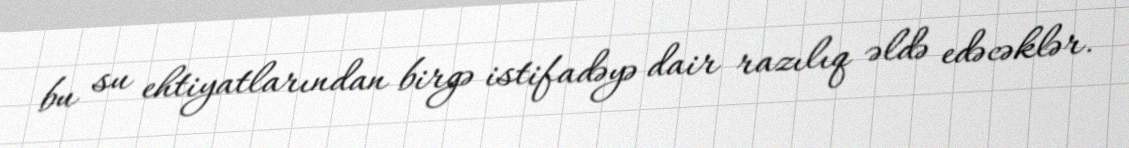
bu su ehtiyatlarından birgə istifadəyə dair razılıq əldə edəcəklər.